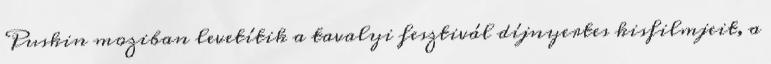
Puskin moziban levetítik a tavalyi fesztivál díjnyertes kisfilmjeit, a